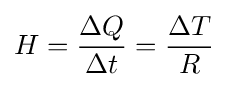
H={\Delta Q \over \Delta t}={\Delta T \over R}